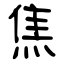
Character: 焦